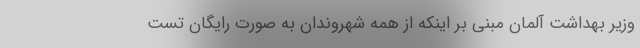
وزیر بهداشت آلمان مبنی بر اینکه از همه شهروندان به صورت رایگان تست